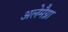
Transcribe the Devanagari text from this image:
अलेमैग्ना